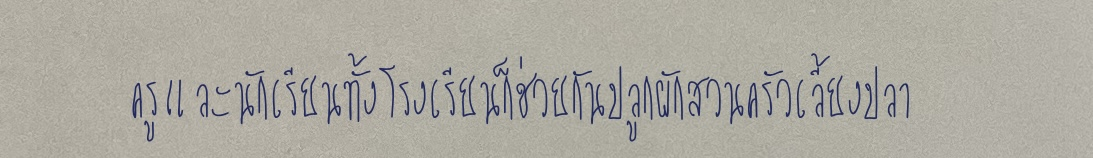
ครูและนักเรียนทั้งโรงเรียนก็ช่วยกันปลูกผักสวนครัวเลี้ยงปลา